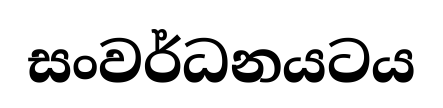
සංවර්ධනයටය